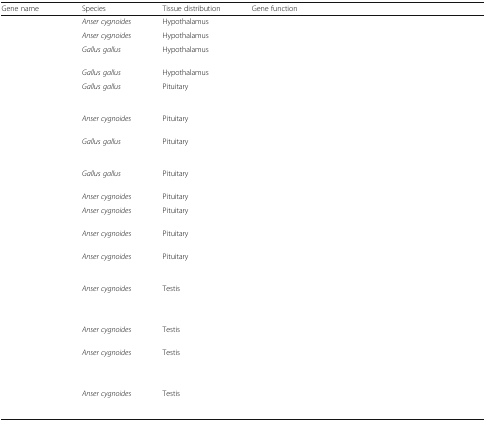
<table><thead><tr><td><b>Gene name</b></td><td><b>Species</b></td><td><b>Tissue distribution</b></td><td><b>Gene function</b></td></tr></thead><tbody><tr><td>[EMPTY_CELL]</td><td><i>Anser cygnoides</i></td><td>Hypothalamus</td><td>[EMPTY_CELL]</td></tr><tr><td>[EMPTY_CELL]</td><td><i>Anser cygnoides</i></td><td>Hypothalamus</td><td>[EMPTY_CELL]</td></tr><tr><td>[EMPTY_CELL]</td><td><i>Gallus gallus</i></td><td>Hypothalamus</td><td>[EMPTY_CELL]</td></tr><tr><td>[EMPTY_CELL]</td><td><i>Gallus gallus</i></td><td>Hypothalamus</td><td>[EMPTY_CELL]</td></tr><tr><td>[EMPTY_CELL]</td><td><i>Gallus gallus</i></td><td>Pituitary</td><td>[EMPTY_CELL]</td></tr><tr><td>[EMPTY_CELL]</td><td><i>Anser cygnoides</i></td><td>Pituitary</td><td>[EMPTY_CELL]</td></tr><tr><td>[EMPTY_CELL]</td><td><i>Gallus gallus</i></td><td>Pituitary</td><td>[EMPTY_CELL]</td></tr><tr><td>[EMPTY_CELL]</td><td><i>Gallus gallus</i></td><td>Pituitary</td><td>[EMPTY_CELL]</td></tr><tr><td>[EMPTY_CELL]</td><td><i>Anser cygnoides</i></td><td>Pituitary</td><td>[EMPTY_CELL]</td></tr><tr><td>[EMPTY_CELL]</td><td><i>Anser cygnoides</i></td><td>Pituitary</td><td>[EMPTY_CELL]</td></tr><tr><td>[EMPTY_CELL]</td><td><i>Anser cygnoides</i></td><td>Pituitary</td><td>[EMPTY_CELL]</td></tr><tr><td>[EMPTY_CELL]</td><td><i>Anser cygnoides</i></td><td>Pituitary</td><td>[EMPTY_CELL]</td></tr><tr><td>[EMPTY_CELL]</td><td><i>Anser cygnoides</i></td><td>Testis</td><td>[EMPTY_CELL]</td></tr><tr><td>[EMPTY_CELL]</td><td><i>Anser cygnoides</i></td><td>Testis</td><td>[EMPTY_CELL]</td></tr><tr><td>[EMPTY_CELL]</td><td><i>Anser cygnoides</i></td><td>Testis</td><td>[EMPTY_CELL]</td></tr><tr><td>[EMPTY_CELL]</td><td><i>Anser cygnoides</i></td><td>Testis</td><td>[EMPTY_CELL]</td></tr></tbody></table>